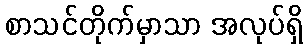
စာသင်တိုက်မှာသာ အလုပ်ရှိ